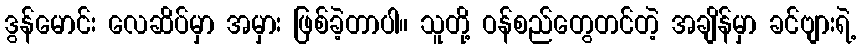
ဒွန်မောင်း လေဆိပ်မှာ အမှား ဖြစ်ခဲ့တာပါ။ သူတို့ ဝန်စည်တွေတင်တဲ့ အချိန်မှာ ခင်ဗျားရဲ့